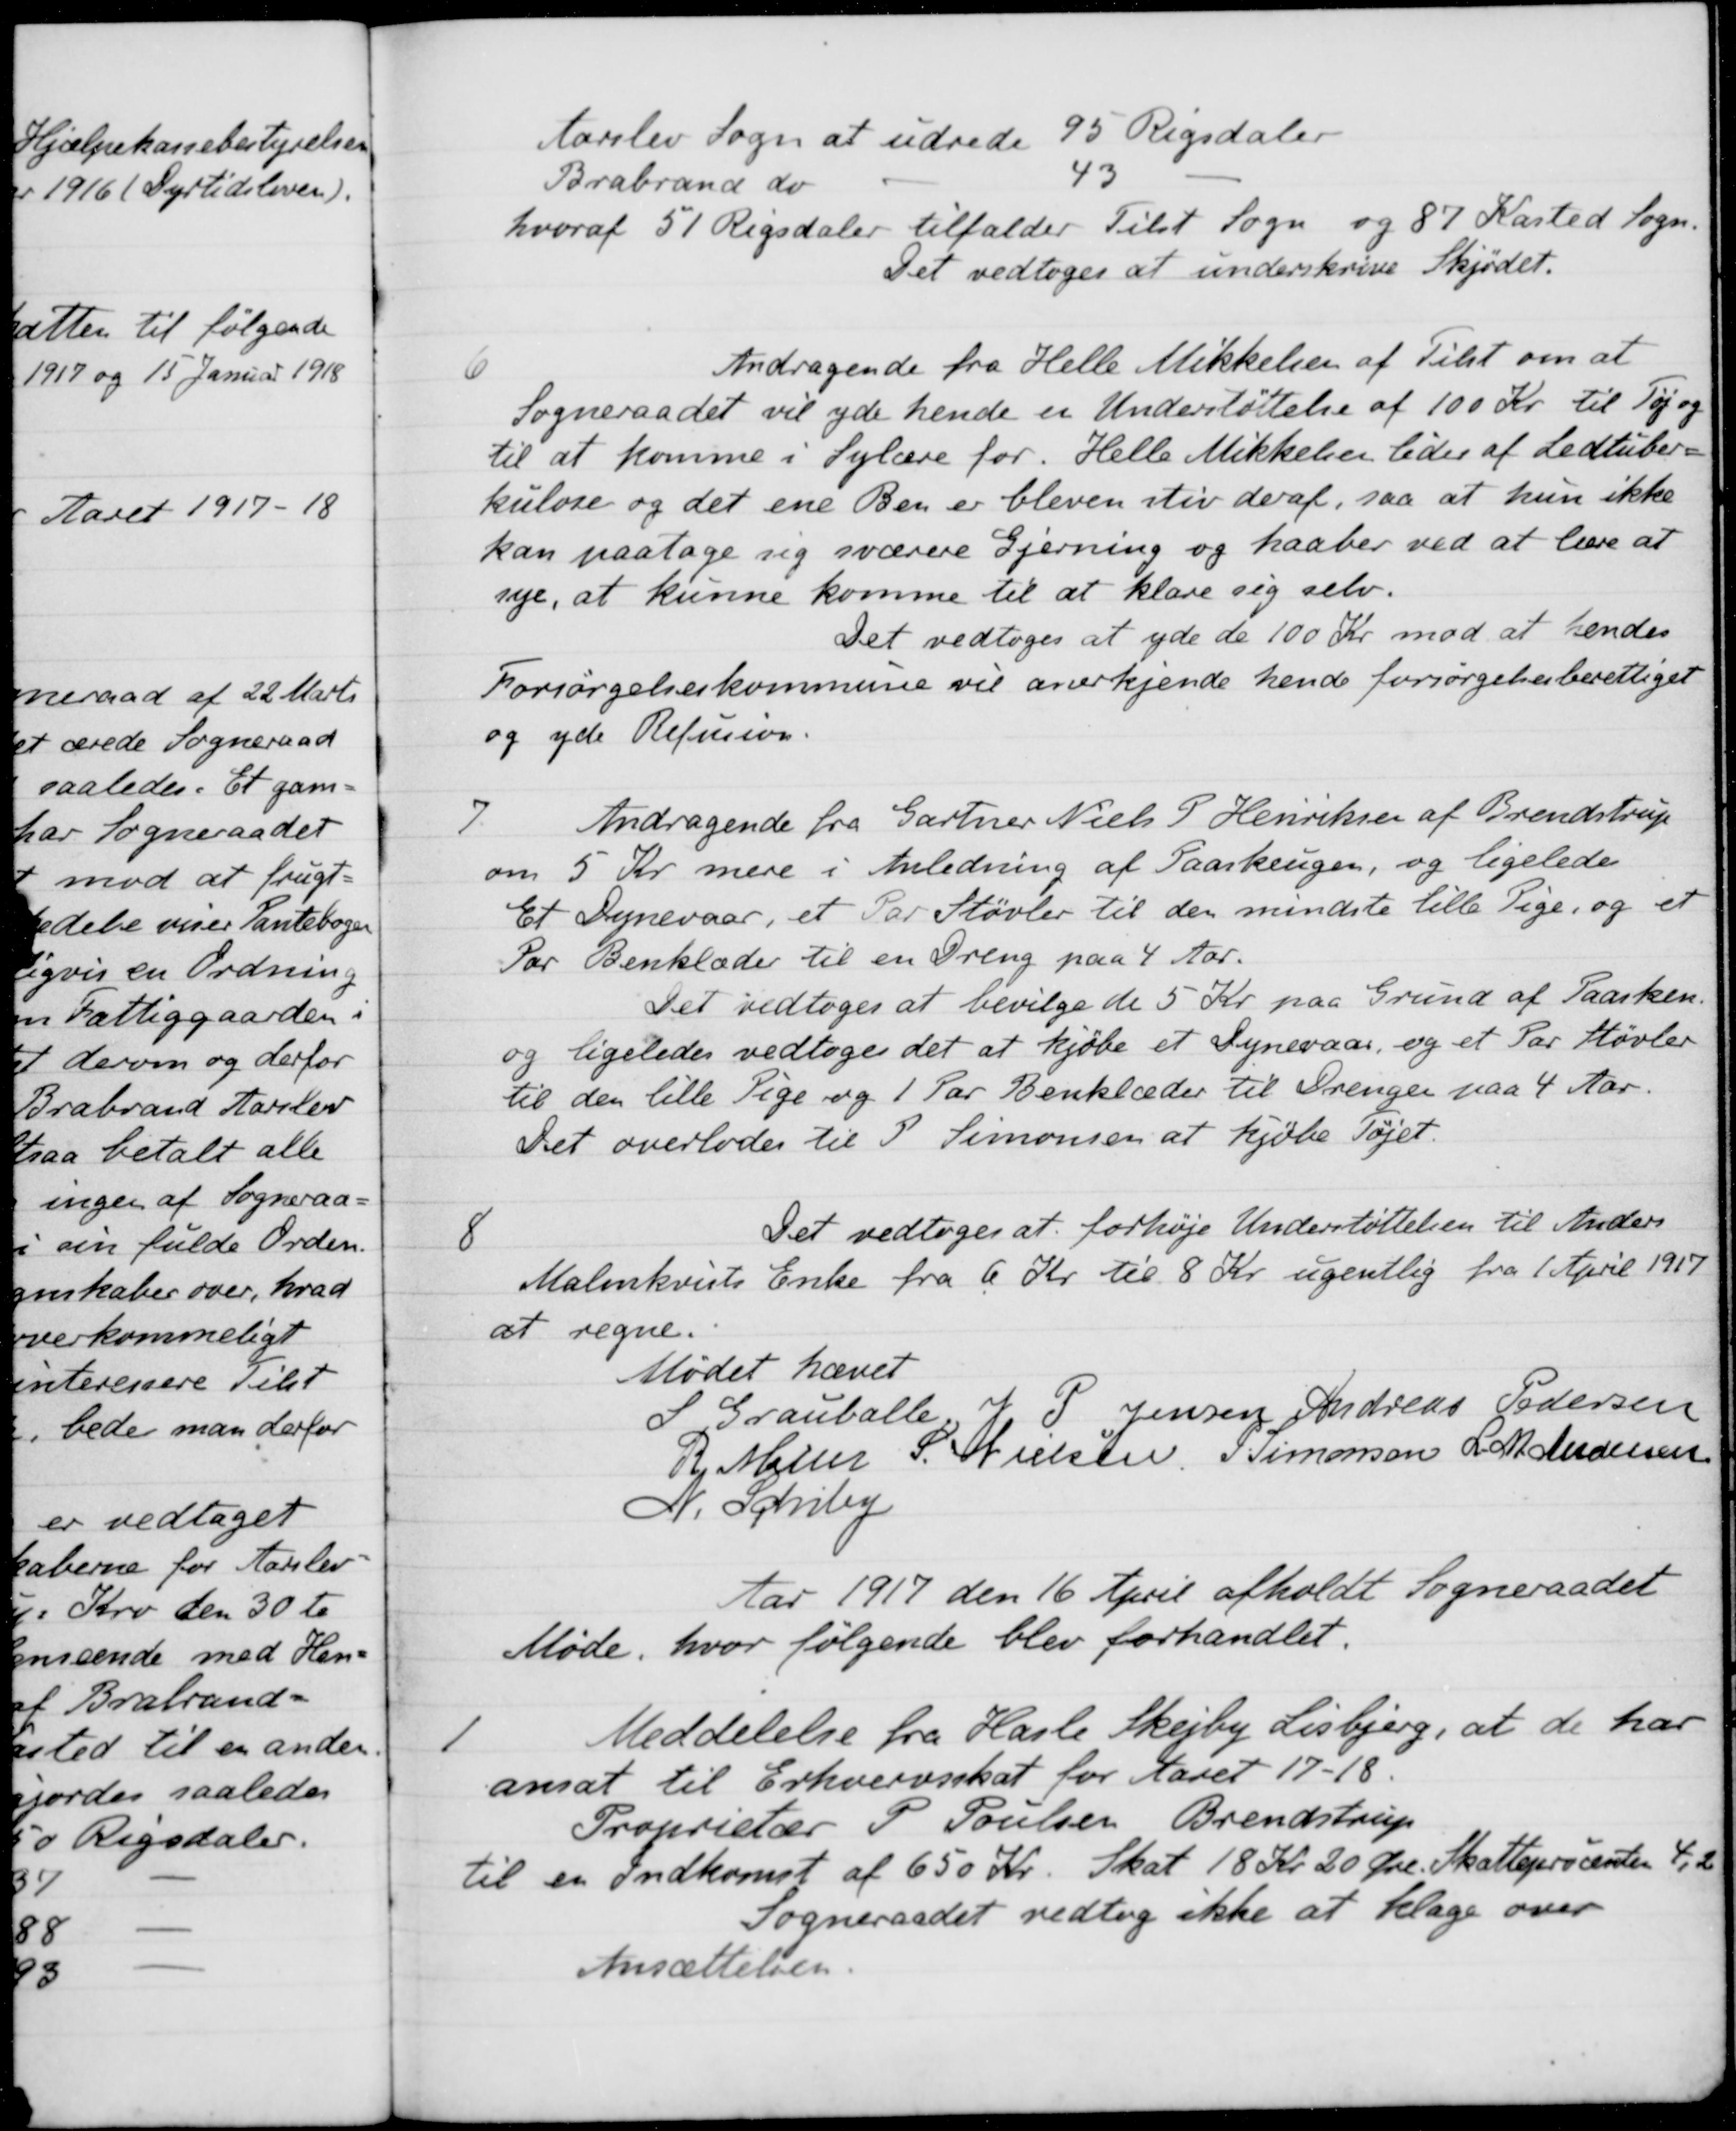
Transskription:
Aarslev Sogn at udrede 95 Rigsdaler
Brabrand do
43
hvoraf 51 Rigsdaler tilfalder Tilst Sogn og 87 Kasted Sogn.
Det vedtoges at underskrive Skjødet.
6
Andragende fra Helle Mikkelsen af Tilst om at
Sogneraadet vil yde hende en Understøttelse af 100 Kr. til Tøj og
til at komme i Sylære for. Helle Mikkelsen lider af Ledtuber
kulose og det ene Ben er bleven stiv deraf, saa at hun ikke
kan paatage sig sværere Gjerning og haaber ved at lære at
sye, at kunne komme til at klare sig selv.
Det vedtoges at yde de 100 Kr mod at hendes
Forsørgelseskommune vil anerkjende hende forsørgelsesberettiget
og yde Refusion.
7.
Andragende fra Gartner Niels P Henriksen af Brendstrup
om 5 Kr. mere i Anledning af Paaskeugen, og ligeledes
Et Dynevaar, et Par Støvler til den mindste lille Pige, og et
Par Benklæder til en Dreng paa 4 Aar.
Det vedtoges at bevilge de 5 Kr. paa Grund af Paasken.
og ligeledes vedtoges det at kjøbe et Dynevaar, og et Par Støvler
til den lille Pige og 1 Par Benklæder til Drengen paa 4 Aar.
Det overlodes til P. Simonsen at kjøbe Tøjet.
8
Det vedtoges at forhøje Understøttelsen til Anders
Malmkvists Enke fra 6 Kr til 8 Kr. ugentlig fra 1 April 1917
at regne.
Mødet hævet
S. Grauballe
R Møller
N. Schiby
J P. Jensen
Andreas Pedersen
S. Nielsen
P Simonsen
L. M. Andersen
Aar 1917 den 16 April afholdt Sogneraadet
Møde, hvor følgende blev forhandlet.
1
Meddelelse fra Hasle Skejby Lisbjerg, at de har
ansat til Erhvervsskat for Aaret 17-18.
Proprietær P. Poulsen Brendstrup
til en Indkomst af 650 Kr. Skat 18 Kr. 20 Øre Skatteprocenten 4,2
Sogneraadet vedtog ikke at klage over
Ansættelsen.